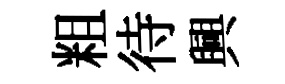
粗待興